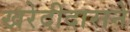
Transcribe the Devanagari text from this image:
खरेदीदाराने